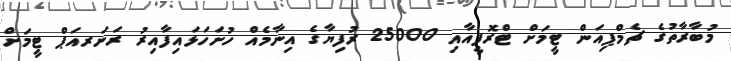
މުބާރާތުގެ ޗެމްޕިއަން ޓީމަށް ޓްރޮފީއާއި 25000 ރުފިޔާގެ އިނާމެއް ހުށަހަޅައިފާއިރު ރަނަރއަޕް ޓީމަށް